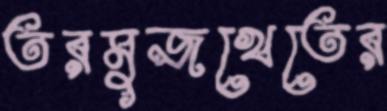
তরমুজখেতের